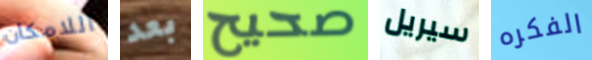
اللامكان بعد صحيح سيريل الفكره